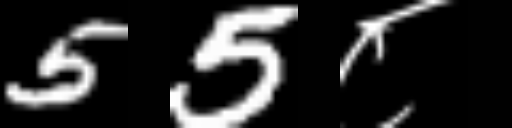
Text: 55८